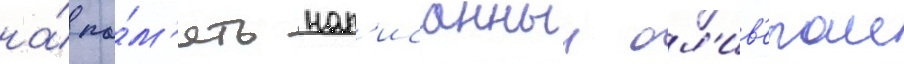
на́ па́м'ять нап'исанныи ол'ив'ером